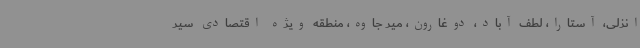
انزلی، آستارا، لطف آباد، دوغارون، میر جاوه، منطقه ویژه اقتصادی سیر